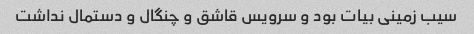
سیب زمینی بیات بود و سرویس قاشق و چنگال و دستمال نداشت